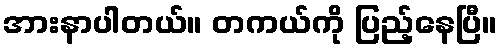
အားနာပါတယ်။ တကယ်ကို ပြည့်နေပြီ။